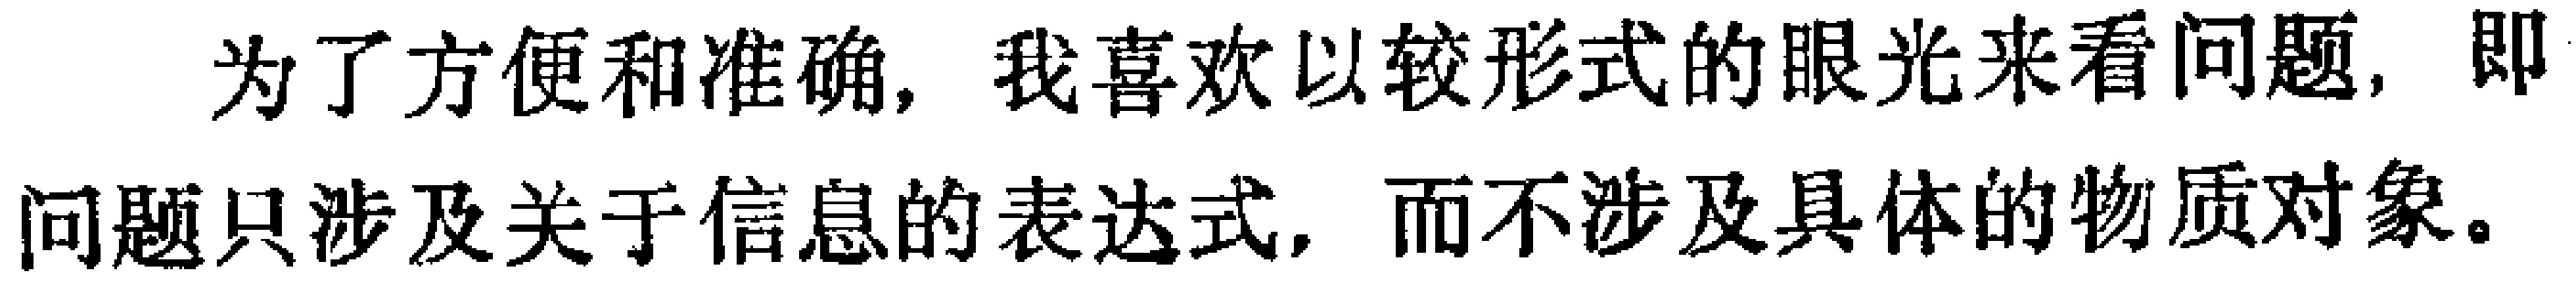
为了方便和准确，我喜欢以较形式的眼光来看问题，即问题只涉及关于信息的表达式，而不涉及具体的物质对象。